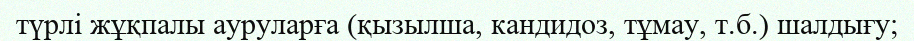
түрлі жұқпалы ауруларға (қызылша, кандидоз, тұмау, т.б.) шалдығу;